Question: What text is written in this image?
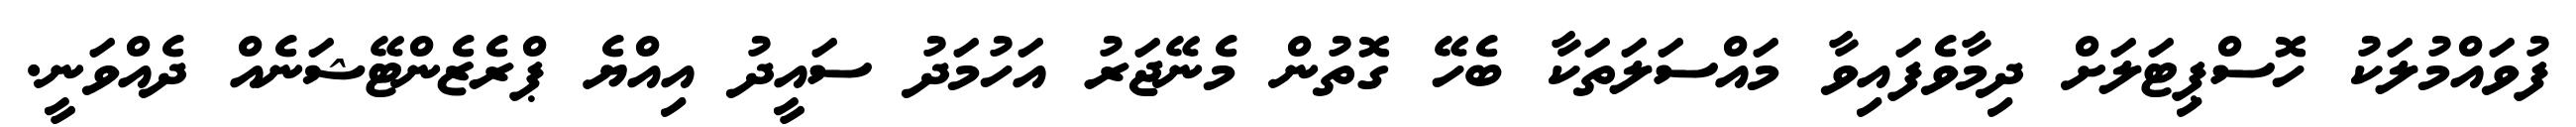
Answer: ފުވައްމުލަކު ހޮސްޕިޓަލަށް ދިމާވެފައިވާ މައްސަލަތަކާ ބެހޭ ގޮތުން މެނޭޖަރު އަހުމަދު ސައީދު އިއްޔެ ޕްރެޒެންޓޭޝަނެއް ދެއްވަނީ.